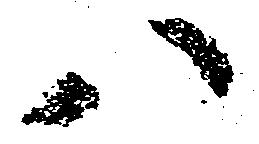
八